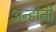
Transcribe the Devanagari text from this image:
अन्होनी